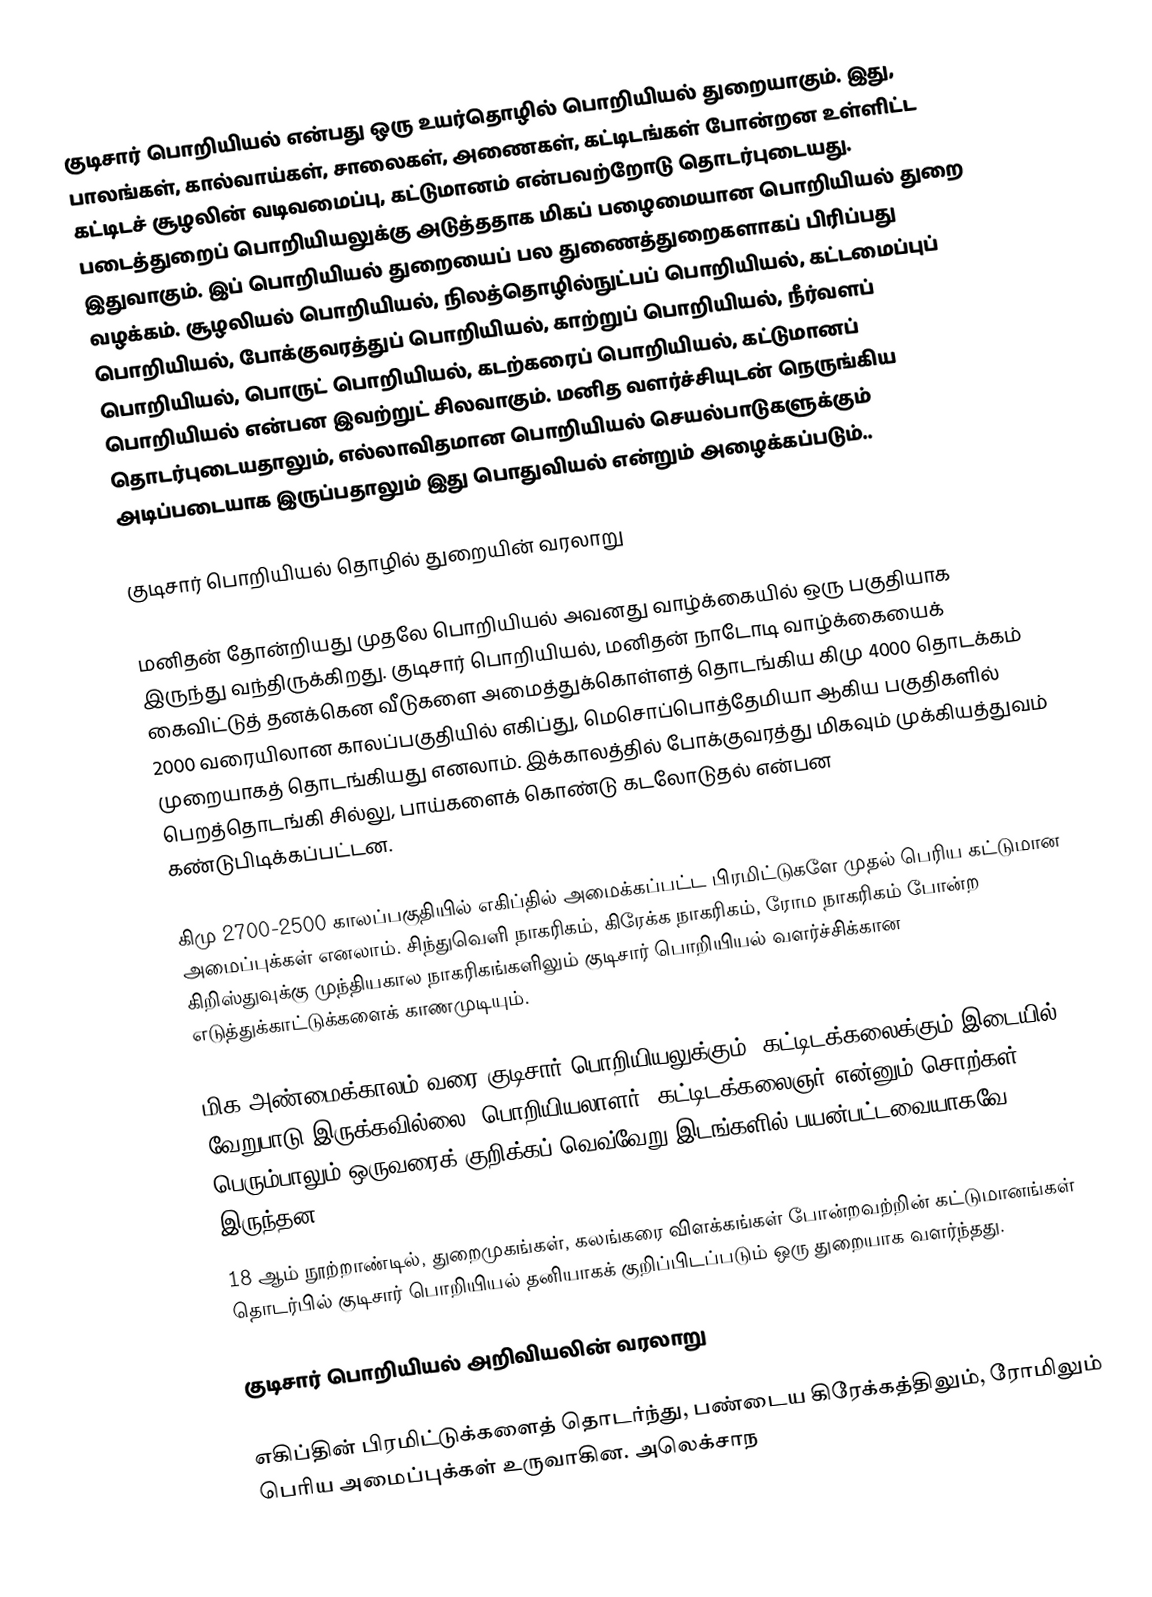
குடிசார் பொறியியல் என்பது ஒரு உயர்தொழில் பொறியியல் துறையாகும். இது, பாலங்கள், கால்வாய்கள், சாலைகள், அணைகள், கட்டிடங்கள் போன்றன உள்ளிட்ட கட்டிடச் சூழலின் வடிவமைப்பு, கட்டுமானம் என்பவற்றோடு தொடர்புடையது. படைத்துறைப் பொறியியலுக்கு அடுத்ததாக மிகப் பழைமையான பொறியியல் துறை இதுவாகும். இப் பொறியியல் துறையைப் பல துணைத்துறைகளாகப் பிரிப்பது வழக்கம். சூழலியல் பொறியியல், நிலத்தொழில்நுட்பப் பொறியியல், கட்டமைப்புப் பொறியியல், போக்குவரத்துப் பொறியியல், காற்றுப் பொறியியல், நீர்வளப் பொறியியல், பொருட் பொறியியல், கடற்கரைப் பொறியியல், கட்டுமானப் பொறியியல் என்பன இவற்றுட் சிலவாகும். மனித வளர்ச்சியுடன் நெருங்கிய தொடர்புடையதாலும், எல்லாவிதமான பொறியியல் செயல்பாடுகளுக்கும் அடிப்படையாக இருப்பதாலும் இது பொதுவியல் என்றும் அழைக்கப்படும்..

குடிசார் பொறியியல் தொழில் துறையின் வரலாறு

மனிதன் தோன்றியது முதலே பொறியியல் அவனது வாழ்க்கையில் ஒரு பகுதியாக இருந்து வந்திருக்கிறது. குடிசார் பொறியியல், மனிதன் நாடோடி வாழ்க்கையைக் கைவிட்டுத் தனக்கென வீடுகளை அமைத்துக்கொள்ளத் தொடங்கிய கிமு 4000 தொடக்கம் 2000 வரையிலான காலப்பகுதியில் எகிப்து, மெசொப்பொத்தேமியா ஆகிய பகுதிகளில் முறையாகத் தொடங்கியது எனலாம். இக்காலத்தில் போக்குவரத்து மிகவும் முக்கியத்துவம் பெறத்தொடங்கி சில்லு, பாய்களைக் கொண்டு கடலோடுதல் என்பன கண்டுபிடிக்கப்பட்டன.

கிமு 2700-2500 காலப்பகுதியில் எகிப்தில் அமைக்கப்பட்ட பிரமிட்டுகளே முதல் பெரிய கட்டுமான அமைப்புக்கள் எனலாம். சிந்துவெளி நாகரிகம், கிரேக்க நாகரிகம், ரோம நாகரிகம் போன்ற கிறிஸ்துவுக்கு முந்தியகால நாகரிகங்களிலும் குடிசார் பொறியியல் வளர்ச்சிக்கான எடுத்துக்காட்டுக்களைக் காணமுடியும்.

மிக அண்மைக்காலம் வரை குடிசார் பொறியியலுக்கும், கட்டிடக்கலைக்கும் இடையில் வேறுபாடு இருக்கவில்லை. பொறியியலாளர், கட்டிடக்கலைஞர் என்னும் சொற்கள் பெரும்பாலும் ஒருவரைக் குறிக்கப் வெவ்வேறு இடங்களில் பயன்பட்டவையாகவே இருந்தன.
18 ஆம் நூற்றாண்டில், துறைமுகங்கள், கலங்கரை விளக்கங்கள் போன்றவற்றின் கட்டுமானங்கள் தொடர்பில் குடிசார் பொறியியல் தனியாகக் குறிப்பிடப்படும் ஒரு துறையாக வளர்ந்தது.

குடிசார் பொறியியல் அறிவியலின் வரலாறு

எகிப்தின் பிரமிட்டுக்களைத் தொடர்ந்து, பண்டைய கிரேக்கத்திலும், ரோமிலும் பெரிய அமைப்புக்கள் உருவாகின. அலெக்சாந